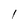
Character: l